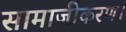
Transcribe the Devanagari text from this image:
सामाजीकरण।